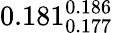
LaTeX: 0.181_{0.177}^{0.186}